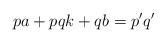
LaTeX: \begin{align*}pa + pqk + qb = p'q'\end{align*}